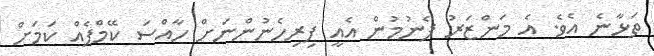
ތަޅާނެ އެވެ. އެ މަންޒަރު ފެނުމުން އެއީ ފިރިހެނުންނަށް ހާއްސަ ކޭމްޕެއް ކަމަށް